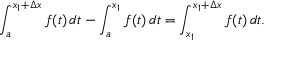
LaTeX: \int _ { a } ^ { x _ { 1 } + \Delta x } f ( t ) \, d t - \int _ { a } ^ { x _ { 1 } } f ( t ) \, d t = \int _ { x _ { 1 } } ^ { x _ { 1 } + \Delta x } f ( t ) \, d t .